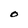
Character: 0